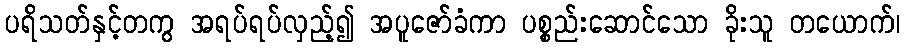
ပရိသတ်နှင့်တကွ အရပ်ရပ်လှည့်၍ အပူဇော်ခံကာ ပစ္စည်းဆောင်သော ခိုးသူ တယောက်၊